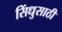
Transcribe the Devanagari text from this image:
सिंधुसाठी